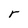
Character: r